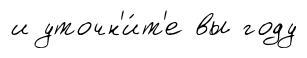
и уточн'и́т'е вы году